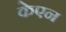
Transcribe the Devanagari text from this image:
केएन